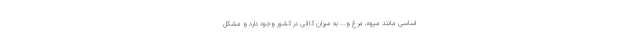
اساسی مانند میوه، مرغ و... به میزان کافی در کشور وجود دارد و مشکل